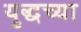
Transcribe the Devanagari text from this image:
युद्धच्या